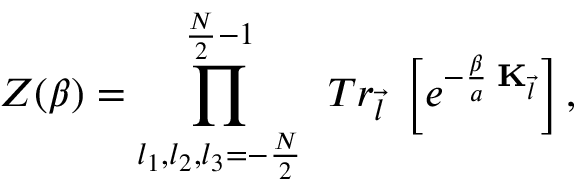
{ \cal Z } ( \beta ) = \prod _ { l _ { 1 } , l _ { 2 } , l _ { 3 } = - \frac { N } { 2 } } ^ { \frac { N } { 2 } - 1 } \; \, T r _ { \vec { l } } \; \left[ e ^ { - \frac { \beta } { a } \; { \bf K } _ { \vec { l } } } \right] ,